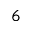
6